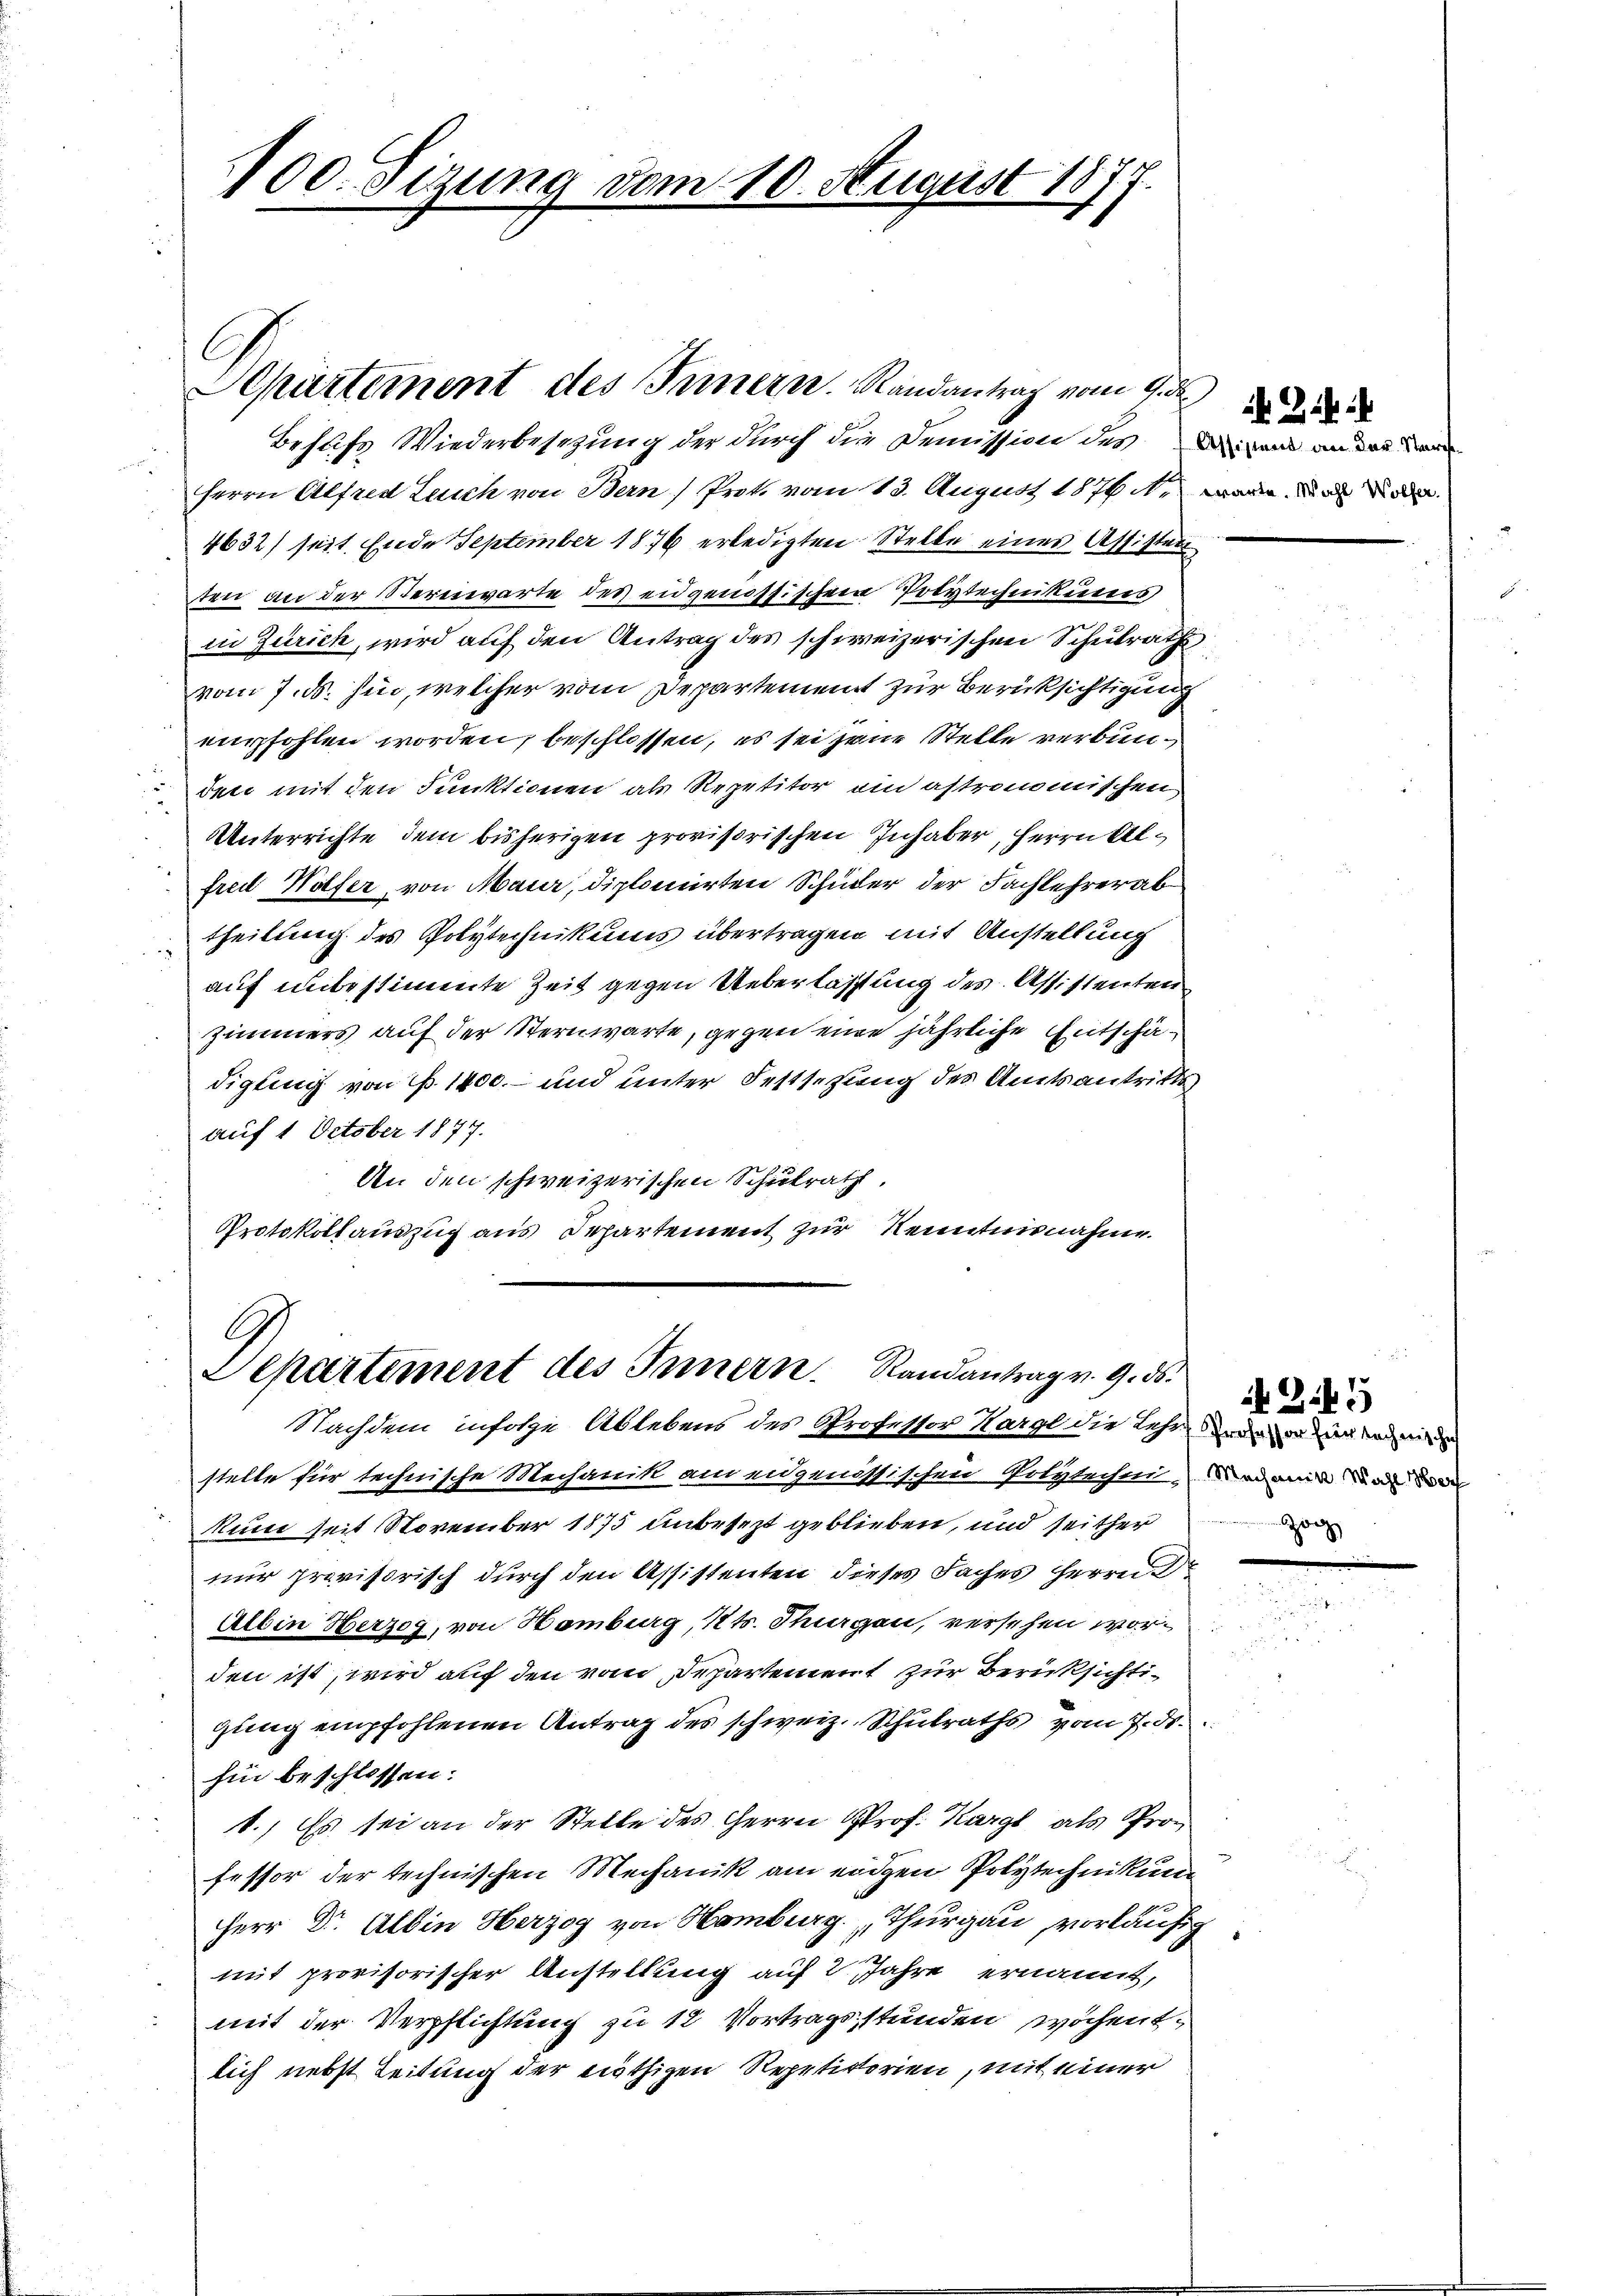
100. Sizung dem 10. August 1877.

Behufs Wiederbesetzung der durch die Demission des einem anden der
Herrn Alfred Leich von Bern Prot. vom 13. August 1876. wäre und die
4632) seit Ende September 1876 erledigten Stelle eines Assisten
ten an der Sterenwarte des eidgenössischen Polytechnikums
in Zürich, wird auf den Antrag des schweizerischen Schulrath
vom 7. ds. hin, welcher vom Departement zur Berüksichtigung
empfohlen worden, beschlossen, es sei jene Stelle verbunden mit den Funktionen als Repetitor ein astronomischen
Unterrichte dem bisherigen provisorischen Inhaber, Herrn Alfrei Wölfer, von Maur, diplomirten Schüder der Fachlehrer abtheilung des Polytechnikums übertragen, mit Anstellung
auf unbestimmte Zeit gegen Ueberlassung des Assistenten
Zimmers auf der Sternwarte, gegen eine jährliche Entschädigling von P. 1400. und unter Festsetzung des Amtsantritts
auf 1 October 1877.
An den schweizerischen Schulrath.
Protokollauszug aus Departement zur Kenntnisnahme.

Apürtement des Innern. Randantrag vom 7. d.

Departement des Innern. Randantrag v. 9. ds.

Nachdem infolge Ablebens des Professor Hargl die Lehren
stelle für technische Mechanik am eidgenössischen Polytechniam
kund seit November 1875 unbesezt geblieben, und seither
nur provisorisch durch den Assistenten dieses Faches Herrn Dr
Albin Herzog, von Homburg, Kts. Thurgau, versehen wor¬

den ist, wird auf den vom Departement zur Berücksichtigŭng empfohlenen Antrag des schweiz. Schulraths vom 7. ds.
hin beschlossen:
1.) Es sei an der Stelle des Herrn Prof. Karg als Pro
fessor der technischen Mechanik am eiden Polytechnikum
Herr Dr. Albin Herzog von Hamburg. Thurgau, vorläufig
mit provisorischer Anstellung auf 2 Jahre ernannt,
mit der Verpflichtung zu 12 Vortragsstunden wöchentlich nebst Leitung der nöthigen Repetitorien, mit einer

Zi45